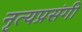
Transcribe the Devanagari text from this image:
नृत्यप्रसंगी